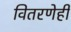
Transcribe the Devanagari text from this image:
वितरणेही